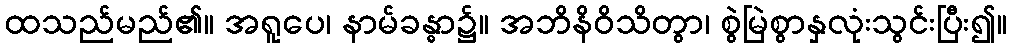
ထသည်မည်၏။ အရူပေ၊ နာမ်ခန္ဓာ၌။ အဘိနိဝိသိတွာ၊ စွဲမြဲစွာနှလုံးသွင်းပြီး၍။